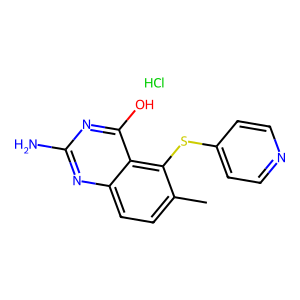
SMILES: Cc1ccc2nc(N)nc(O)c2c1Sc1ccncc1.Cl
Inhibits HIV replication: No